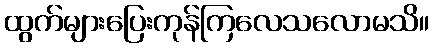
ထွက်များပြေးကုန်ကြလေသလောမသိ။